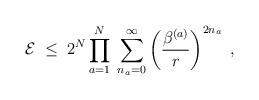
LaTeX: \begin{align*}{\cal E} \; \leq \;2^N \prod_{a=1}^N \; \sum_{n_a=0}^\infty \left(\frac{\beta^{(a)}}{r} \right)^{2 n_a}\; ,\end{align*}